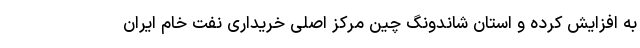
به افزایش کرده و استان شاندونگ چین مرکز اصلی خریداری نفت خام ایران